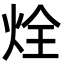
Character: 烇